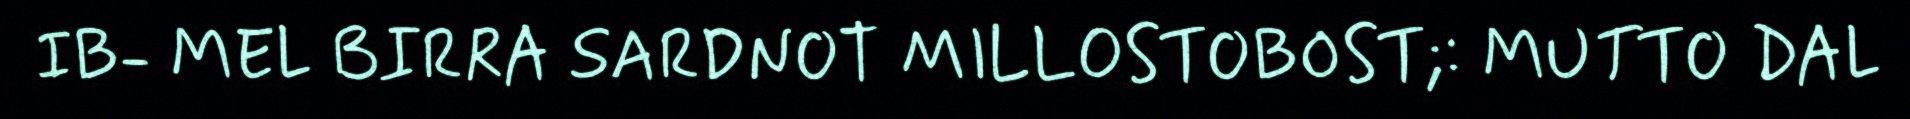
IB- MEL BIRRA SARDNOT MILLOSTOBOST;: MUTTO DAL